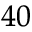
^ { 4 0 }